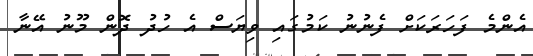
އެންމެ ފަހަރަކަށް ފެނުނު ކަމުގައި ވިޔަސް އެ ހުދު ދޮން މޫނު އޭނާ